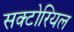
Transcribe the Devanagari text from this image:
सक्टोरियल